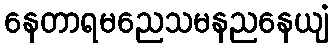
နေတာရမညေသမနညနေယျံ